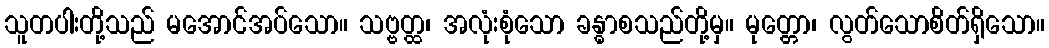
သူတပါးတို့သည် မအောင်အပ်သော။ သဗ္ဗတ္ထ၊ အလုံးစုံသော ခန္ဓာစသည်တို့မှ။ မုတ္တော၊ လွတ်သောစိတ်ရှိသော။